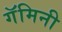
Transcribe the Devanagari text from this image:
गॅमिनी